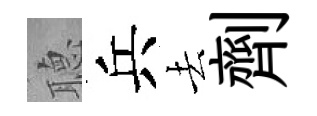
𦗟兵去劑